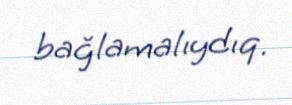
bağlamalıydıq.